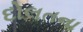
દોલતના